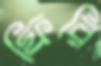
ফিরি